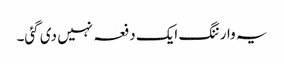
یہ وارننگ ایک دفعہ نہیں دی گئی۔